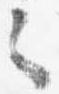
之